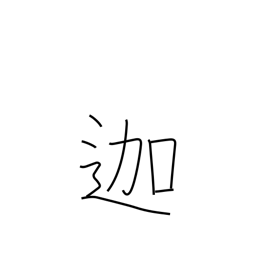
Meaning: (used phonetically)